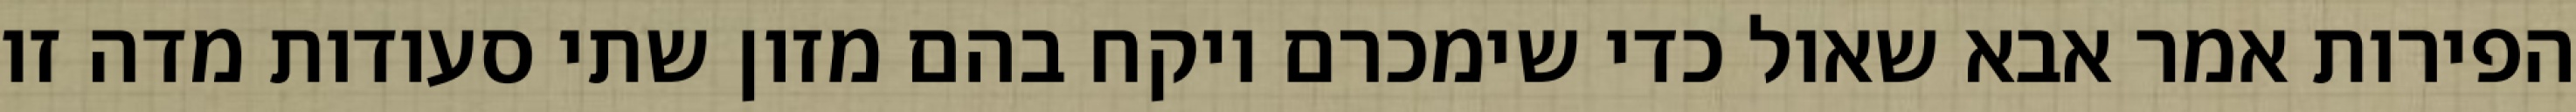
הפירות אמר אבא שאול כדי שימכרם ויקח בהם מזון שתי סעודות מדה זו